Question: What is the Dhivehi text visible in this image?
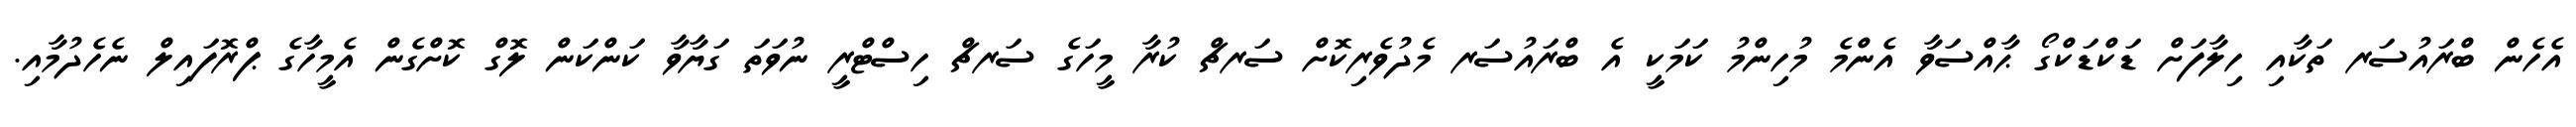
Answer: އެހެން ބްރައުސަރ ތަކާއި ހިލާފަށް ޑަކްޑަކްގޯ ޙާއްސަވާ އެންމެ މުހިންމު ކަމަކީ އެ ބްރައުސަރ މެދުވެރިކޮށް ސަރޗް ކުރާ މީހަގެ ސަރޗް ހިސްޓްރީ ނުވަތަ ގަޔާވާ ކަންކަން ލޮގް ކޮށްގެން އެމީހާގެ ޕްރޮފައިލް ނެހެދުމާއި.